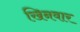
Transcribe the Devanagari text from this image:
खिनवार